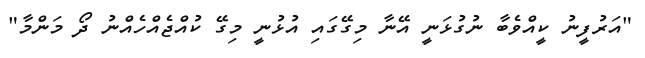
"އަރުފީނު ކީއްވެބާ ނުގުޅަނީ އޭނާ މިގޭގައި އުޅުނީ މިގޭ ކުއްޖެއްހެއްނު ދޯ މަންމާ"